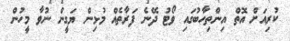
ކުރިއަށް އޮތް އިންތިހާބުގައި ވޯޓު ދޭނެ ފަރާތެއް މުޅިން ޔަގީން ނުވާ މީހުން